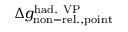
\Delta { g } _ { \mathrm { n o n - r e l . , p o i n t } } ^ { \mathrm { h a d . \ V P } }